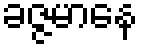
ခဇ္ဇမာနေ